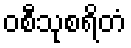
ဝစီသုစရိတံ